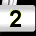
Digit: 2